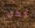
لكن